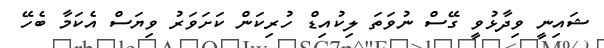
ޝައިނީ ވިދާޅުވީ ގޭސް ނުވަތަ ލިކުއިޑް ހުރިކަން ކަށަވަރު ވިޔަސް އެކަމާ ބެހޭ